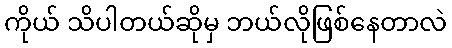
ကိုယ် သိပါတယ်ဆိုမှ ဘယ်လိုဖြစ်နေတာလဲ